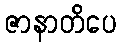
ဇာနာတိပေ